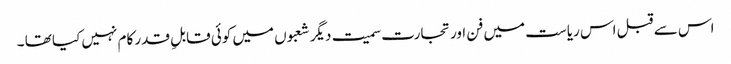
اس سے قبل اس ریاست میں فن اور تجارت سمیت دیگر شعبوں میں کوئی قابلِ قدر کام نہیں کیا تھا ۔